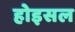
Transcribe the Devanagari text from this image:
होइसल